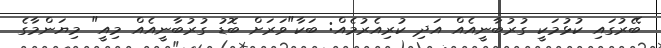
ބޭރުގައި ކުޅުމަކީ ގުރުބާނީއެއް އަދި ކުރިއެރުމެއް: ބަކާ"ވަރަށް ބޮޑު ގުރުބާނީއެއް މިއީ" މިޔަންމާގެ